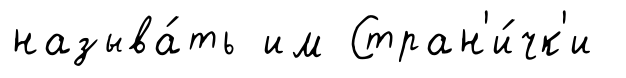
называ́ть им Стран'и́чк'и